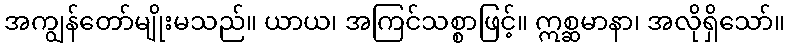
အကျွန်တော်မျိုးမသည်။ ယာယ၊ အကြင်သစ္စာဖြင့်။ ဣစ္ဆမာနာ၊ အလိုရှိသော်။